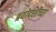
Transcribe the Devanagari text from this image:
त्रयोदशीच्या